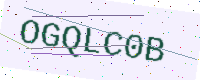
Text: OGQLC0B